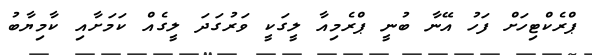
ޕްރެކްޓިހަށް ފަހު އޭނާ ބުނީ ޕްރެމިއާ ލީގަކީ ވަރުގަދަ ލީގެއް ކަމަށާއި ކާމިޔާބު